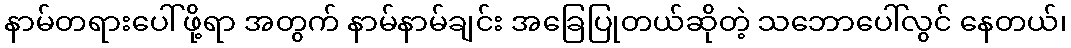
နာမ်တရားပေါ်ဖို့ရာ အတွက် နာမ်နာမ်ချင်း အခြေပြုတယ်ဆိုတဲ့ သဘောပေါ်လွင် နေတယ်၊